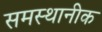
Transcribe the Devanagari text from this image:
समस्थानीक